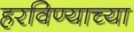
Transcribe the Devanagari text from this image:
हरविण्याच्या